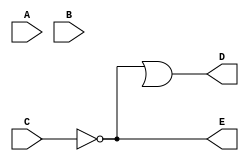
`timescale 1ns/10ps
module E1(A,B,C,D,E);
 input A,B,C;
 output D,E;
 wire w1,w2;
 and G3(w1,A,B);
 not G2(E,C);
 or #(20) G4(D,E,W1);
 endmodule